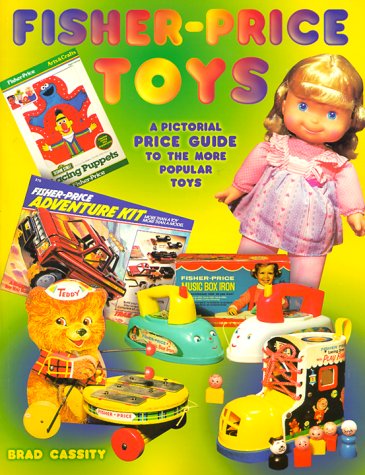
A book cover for Fisher-Price Toys: Pictorial Price Guide to the More Popular Toys; Brad Cassity; Crafts, Hobbies & Home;